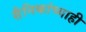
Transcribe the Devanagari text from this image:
सैनिकांच्याही